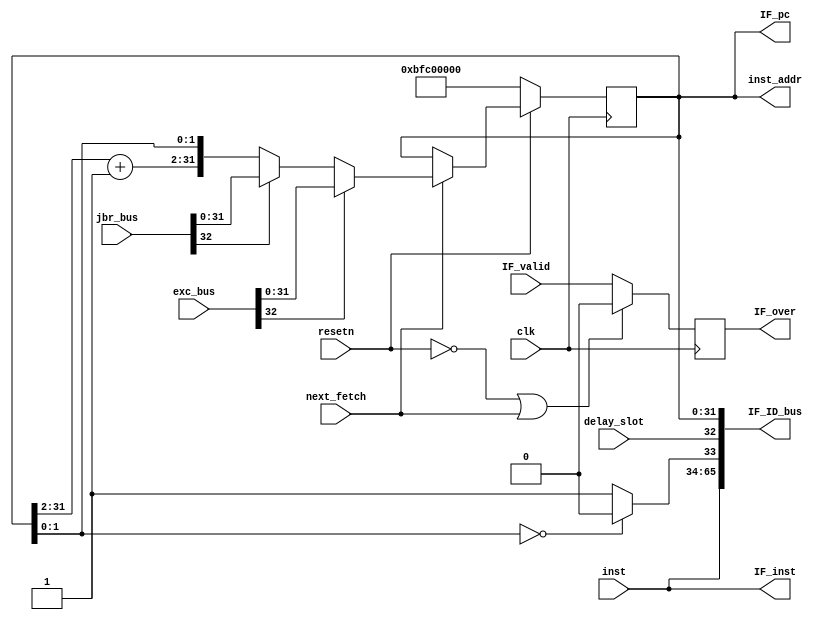
`timescale 1ns / 1ps
//*************************************************************************
//   > : fetch.v
//   >   :CPU
//   >   : LOONGSON
//   >   : 2016-04-14
//*************************************************************************
`define STARTADDR 32'Hbfc00000   // 
module fetch(                    // 
    input             clk,       // 
    input             resetn,    // 
    input             IF_valid,  // 
    input             next_fetch,// PC
    input      [31:0] inst,      // inst_rom
    input      [32:0] jbr_bus,   // 
    output     [31:0] inst_addr, // inst_rom
    output reg        IF_over,   // IF
    output     [65:0] IF_ID_bus, // IF->ID
    input             delay_slot,// 

    //5
    input      [32:0] exc_bus,   // Exception pc
        
    //PC
    output     [31:0] IF_pc,
    output     [31:0] IF_inst
);

//-----{PC}begin
    wire [31:0] next_pc;
    wire [31:0] seq_pc;
    reg  [31:0] pc;
    
    //pc
    wire        jbr_taken;
    wire [31:0] jbr_target;
    assign {jbr_taken, jbr_target} = jbr_bus;  // 
    
    //Exception PC
    wire        exc_valid;
    wire [31:0] exc_pc;
    assign {exc_valid,exc_pc} = exc_bus;
    
    //pc+4
    assign seq_pc[31:2]    = pc[31:2] + 1'b1;  // PC=PC+4
    assign seq_pc[1:0]     = pc[1:0];

    // Exception,PCExceptio
    //         PCpc+4
    assign next_pc = exc_valid ? exc_pc : 
                     jbr_taken ? jbr_target : seq_pc;
    always @(posedge clk)    // PC
    begin
        if (!resetn)
        begin
            pc <= `STARTADDR; // 
        end
        else if (next_fetch)
        begin
            pc <= next_pc;    // 
        end
    end
//-----{PC}end

//-----{inst_rom}begin
    assign inst_addr = pc;

    //
    wire fetch_error;
    assign fetch_error = (inst_addr[1:0]==2'd0) ? 0 : 1; 
//-----{inst_rom}end

//-----{IF}begin
    //rom,
    //
    //
    //
    //PCIF_over0
    //IF_validIF_over
    always @(posedge clk)
    begin
        if (!resetn || next_fetch)
        begin
            IF_over <= 1'b0;
        end
        else
        begin
            IF_over <= IF_valid;
        end
    end
    //romIF_validIF_over
    //
//-----{IF}end

//-----{IF->ID}begin
    assign IF_ID_bus = {inst, fetch_error, delay_slot, pc};  // PC
//-----{IF->ID}end

//-----{IFPC}begin
    assign IF_pc   = pc;
    assign IF_inst = inst;
//-----{IFPC}end
endmodule